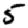
Digit: 5